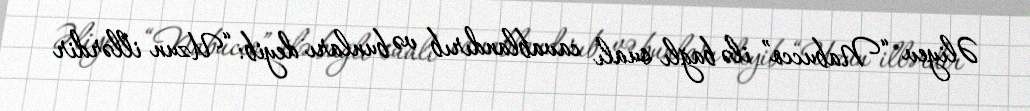
Əliyev “Nabucco” ilə bağlı sualı cavablandırıb və bunları deyib: “Uzun illərdir